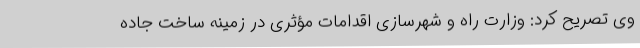
وی تصریح کرد: وزارت راه و شهرسازی اقدامات مؤثری در زمینه ساخت جاده